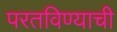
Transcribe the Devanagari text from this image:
परतविण्याची